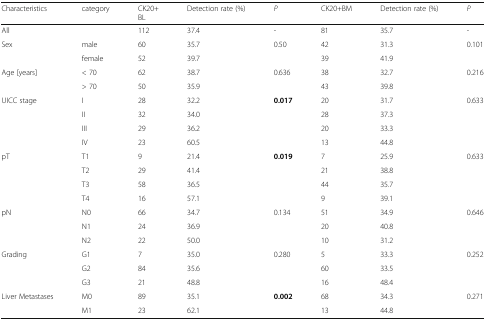
<table><thead><tr><td><b>Characteristics</b></td><td><b>category</b></td><td><b>CK20+BL</b></td><td><b>Detection rate (%)</b></td><td><b><i>P</i></b></td><td><b>CK20+BM</b></td><td><b>Detection rate (%)</b></td><td><b><i>P</i></b></td></tr></thead><tbody><tr><td>All</td><td></td><td>112</td><td>37.4</td><td>-</td><td>81</td><td>35.7</td><td>-</td></tr><tr><td rowspan="2">Sex</td><td>male</td><td>60</td><td>35.7</td><td>0.50</td><td>42</td><td>31.3</td><td>0.101</td></tr><tr><td>female</td><td>52</td><td>39.7</td><td></td><td>39</td><td>41.9</td><td></td></tr><tr><td rowspan="2">Age [years]</td><td>&lt; 70</td><td>62</td><td>38.7</td><td>0.636</td><td>38</td><td>32.7</td><td>0.216</td></tr><tr><td>&gt; 70</td><td>50</td><td>35.9</td><td></td><td>43</td><td>39.8</td><td></td></tr><tr><td rowspan="4">UICC stage</td><td>I</td><td>28</td><td>32.2</td><td><b>0.017</b></td><td>20</td><td>31.7</td><td>0.633</td></tr><tr><td>II</td><td>32</td><td>34.0</td><td></td><td>28</td><td>37.3</td><td></td></tr><tr><td>III</td><td>29</td><td>36.2</td><td></td><td>20</td><td>33.3</td><td></td></tr><tr><td>IV</td><td>23</td><td>60.5</td><td></td><td>13</td><td>44.8</td><td></td></tr><tr><td rowspan="4">pT</td><td>T1</td><td>9</td><td>21.4</td><td><b>0.019</b></td><td>7</td><td>25.9</td><td>0.633</td></tr><tr><td>T2</td><td>29</td><td>41.4</td><td></td><td>21</td><td>38.8</td><td></td></tr><tr><td>T3</td><td>58</td><td>36.5</td><td></td><td>44</td><td>35.7</td><td></td></tr><tr><td>T4</td><td>16</td><td>57.1</td><td></td><td>9</td><td>39.1</td><td></td></tr><tr><td rowspan="3">pN</td><td>N0</td><td>66</td><td>34.7</td><td>0.134</td><td>51</td><td>34.9</td><td>0.646</td></tr><tr><td>N1</td><td>24</td><td>36.9</td><td></td><td>20</td><td>40.8</td><td></td></tr><tr><td>N2</td><td>22</td><td>50.0</td><td></td><td>10</td><td>31.2</td><td></td></tr><tr><td rowspan="3">Grading</td><td>G1</td><td>7</td><td>35.0</td><td>0.280</td><td>5</td><td>33.3</td><td>0.252</td></tr><tr><td>G2</td><td>84</td><td>35.6</td><td></td><td>60</td><td>33.5</td><td></td></tr><tr><td>G3</td><td>21</td><td>48.8</td><td></td><td>16</td><td>48.4</td><td></td></tr><tr><td rowspan="2">Liver Metastases</td><td>M0</td><td>89</td><td>35.1</td><td><b>0.002</b></td><td>68</td><td>34.3</td><td>0.271</td></tr><tr><td>M1</td><td>23</td><td>62.1</td><td></td><td>13</td><td>44.8</td><td></td></tr></tbody></table>